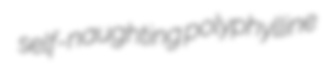
self-naughting polyphylline